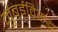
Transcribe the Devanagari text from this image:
मुंबईविरुद्ध